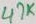
Text: 47K